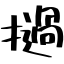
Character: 撾